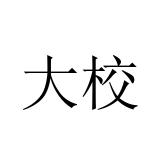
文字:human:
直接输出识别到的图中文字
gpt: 大校